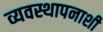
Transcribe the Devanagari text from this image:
व्यवस्थापनाशी